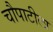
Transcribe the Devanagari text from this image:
चौपाटीला